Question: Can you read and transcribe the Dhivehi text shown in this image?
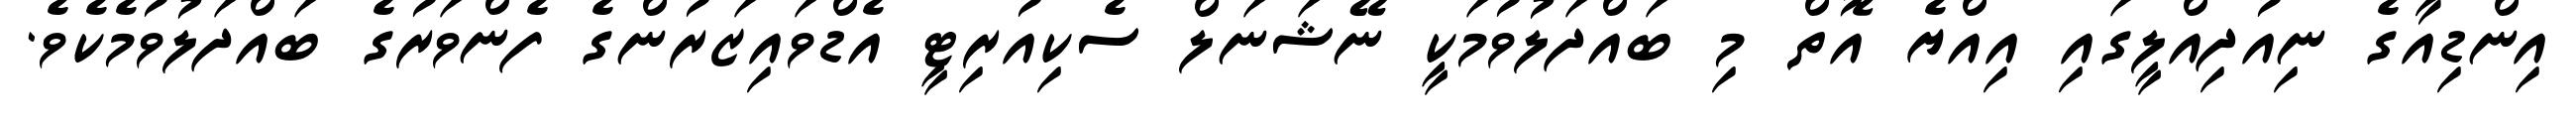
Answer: އިންޑިއާގެ ނިއުދިއްލީގައި އިއްޔެ އޮތް މި ބައްދަލުވުމަކީ ނޭޝަނަލް ސެކިއުރިޓީ އެޑްވައިޒަރުންގެ ފެންވަރުގެ ބައްދަލުވުމެކެވެ.